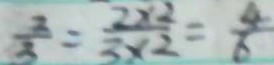
\frac { 2 } { 3 } = \frac { 2 \times 2 } { 3 \times 2 } = \frac { 4 } { 6 }